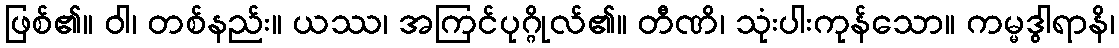
ဖြစ်၏။ ဝါ၊ တစ်နည်း။ ယဿ၊ အကြင်ပုဂ္ဂိုလ်၏။ တီဏိ၊ သုံးပါးကုန်သော။ ကမ္မဒွါရာနိ၊